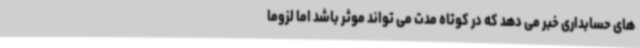
های حسابداری خبر می دهد که در کوتاه مدت می تواند موثر باشد اما لزوما